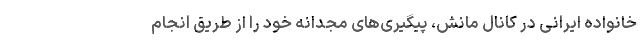
خانواده ایرانی در کانال مانش، پیگیری‌های مجدانه خود را از طریق انجام